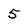
Character: 5